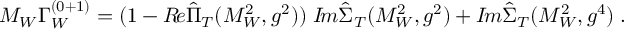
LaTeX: M _ { W } \Gamma _ { W } ^ { ( 0 + 1 ) } = ( 1 - { \cal R } \! e \hat { \Pi } _ { T } ( M _ { W } ^ { 2 } , g ^ { 2 } ) ) \; { \cal I } \! m \hat { \Sigma } _ { T } ( M _ { W } ^ { 2 } , g ^ { 2 } ) + { \cal I } \! m \hat { \Sigma } _ { T } ( M _ { W } ^ { 2 } , g ^ { 4 } ) \; .